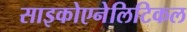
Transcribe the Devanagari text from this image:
साइकोएनेलिटिकल